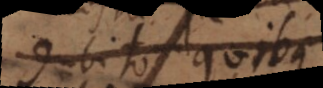
dubito quibus